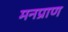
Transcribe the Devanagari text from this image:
मनप्राण